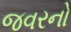
જવરનો